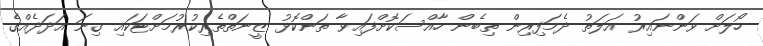
ހޯލަށް ވަންނައިރު އަލަތު ދެމަފިރިން ތިބެން ހާއްސަކޮށްފައިވާ ތަންކޮޅު ޒީނަތްތެރިކުރުމަށްޓަކައި ގިނަ އަދަދެއްގެ